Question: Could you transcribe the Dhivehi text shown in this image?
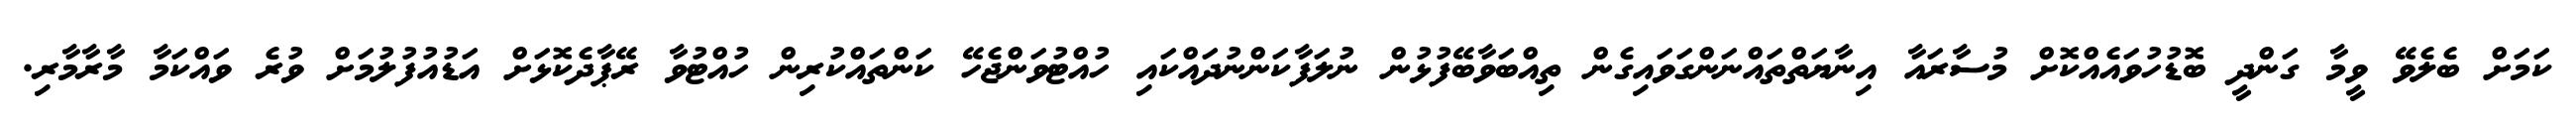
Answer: ކަމަށް ބެލެވޭ ވީމާ ގަންދީ ބޮޑުހުވައެއްކޮށް މުސާރައާ އިނާޔަތްތައްނަންގަވައިގެން ތިއްބަވާބޭފުޅުން ނުލަފާކަންނުދައްކައި ހުއްޓުވަންޖެހޭ ކަންތައްކުރިން ހުއްޓުވާ ރޭޕާދެކޮޅަށް އަޑުއުފުލުމަށް ވުރެ ވައްކަމާ މާރާމާރި.